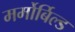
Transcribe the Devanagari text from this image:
मर्मोर्बिल्ड